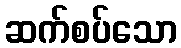
ဆက်စပ်သော